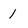
Character: 1